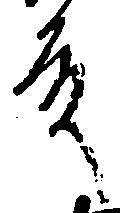
殿